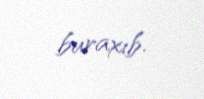
buraxıb.